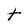
Character: t